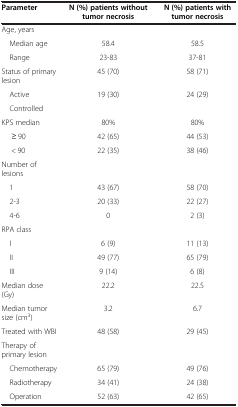
| Parameter | N (%) patients without tumor necrosis | N (%) patients with tumor necrosis |
 | --- | --- | --- |
 | Age, years |  |  |
 | Median age | 58.4 | 58.5 |
 | Range | 23-83 | 37-81 |
 | Status of primary lesion | 45 (70) | 58 (71) |
 | Active | 19 (30) | 24 (29) |
 | Controlled |  |  |
 | KPS median | 80% | 80% |
 | ≥ 90 | 42 (65) | 44 (53) |
 | < 90 | 22 (35) | 38 (46) |
 | Number of lesions |  |  |
 | 1 | 43 (67) | 58 (70) |
 | 2-3 | 20 (33) | 22 (27) |
 | 4-6 | 0 | 2 (3) |
 | RPA class |  |  |
 | I | 6 (9) | 11 (13) |
 | II | 49 (77) | 65 (79) |
 | III | 9 (14) | 6 (8) |
 | Median dose (Gy) | 22.2 | 22.5 |
 | Median tumor size (cm3) | 3.2 | 6.7 |
 | Treated with WBI | 48 (58) | 29 (45) |
 | Therapy of primary lesion |  |  |
 | Chemotherapy | 65 (79) | 49 (76) |
 | Radiotherapy | 34 (41) | 24 (38) |
 | Operation | 52 (63) | 42 (65) |